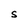
Character: S